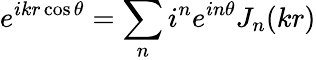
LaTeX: e^{ikr\cos\theta}=\sum_{n}i^{n}e^{in\theta}J_{n}(kr)